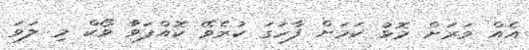
އެއް ވަރަށް މޮޅު ކަމަށް ފާހަގަ ކުރެވޭ ކޮއްފަވާ ވޯކް މި ލަވަ